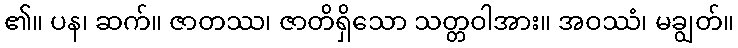
၏။ ပန၊ ဆက်။ ဇာတဿ၊ ဇာတိရှိသော သတ္တဝါအား။ အဝဿံ၊ မချွတ်။